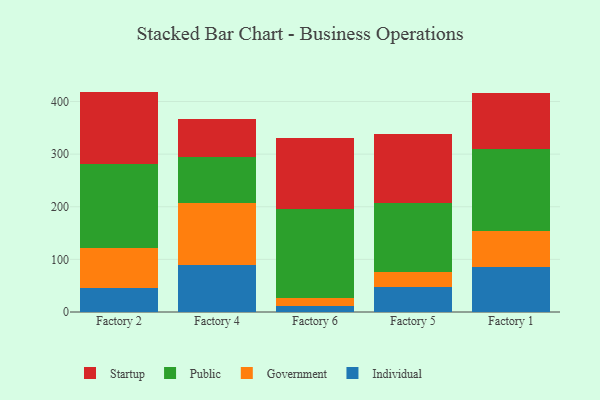
{"axis": {"x": "Factory", "y": "Website Visitors"}, "legend": ["Government", "Individual", "Public", "Startup"], "data": [{"x": "Factory 2", "y": 44.8, "type": "Individual"}, {"x": "Factory 2", "y": 77.0, "type": "Government"}, {"x": "Factory 2", "y": 158.6, "type": "Public"}, {"x": "Factory 2", "y": 138.4, "type": "Startup"}, {"x": "Factory 4", "y": 88.4, "type": "Individual"}, {"x": "Factory 4", "y": 119.5, "type": "Government"}, {"x": "Factory 4", "y": 86.3, "type": "Public"}, {"x": "Factory 4", "y": 72.3, "type": "Startup"}, {"x": "Factory 6", "y": 11.6, "type": "Individual"}, {"x": "Factory 6", "y": 15.4, "type": "Government"}, {"x": "Factory 6", "y": 169.4, "type": "Public"}, {"x": "Factory 6", "y": 134.6, "type": "Startup"}, {"x": "Factory 5", "y": 47.1, "type": "Individual"}, {"x": "Factory 5", "y": 28.8, "type": "Government"}, {"x": "Factory 5", "y": 131.2, "type": "Public"}, {"x": "Factory 5", "y": 131.5, "type": "Startup"}, {"x": "Factory 1", "y": 85.7, "type": "Individual"}, {"x": "Factory 1", "y": 67.8, "type": "Government"}, {"x": "Factory 1", "y": 155.8, "type": "Public"}, {"x": "Factory 1", "y": 106.2, "type": "Startup"}]}